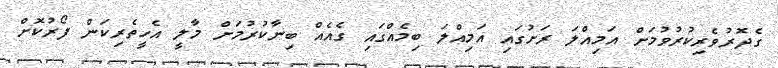
ގެދޮރުވެރިކުުރުވުމަށް އަމިއްލަ ރަށުގައި އަމިއްލަ ބިމެއްގައި ގެއެއް ބިނާކުރުމަށް މާލީ އެހީތެރިކަން ފޯރުކޮށް